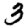
Digit: 3